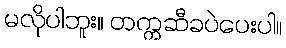
မလိုပါဘူး။ တက္ကဆီခပဲပေးပါ။